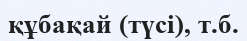
құбақай (түсі), т.б.